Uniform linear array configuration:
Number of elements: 48
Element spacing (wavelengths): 0.5
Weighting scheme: exponential
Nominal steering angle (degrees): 45
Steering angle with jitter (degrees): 45.352
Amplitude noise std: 0.05
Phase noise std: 0.05

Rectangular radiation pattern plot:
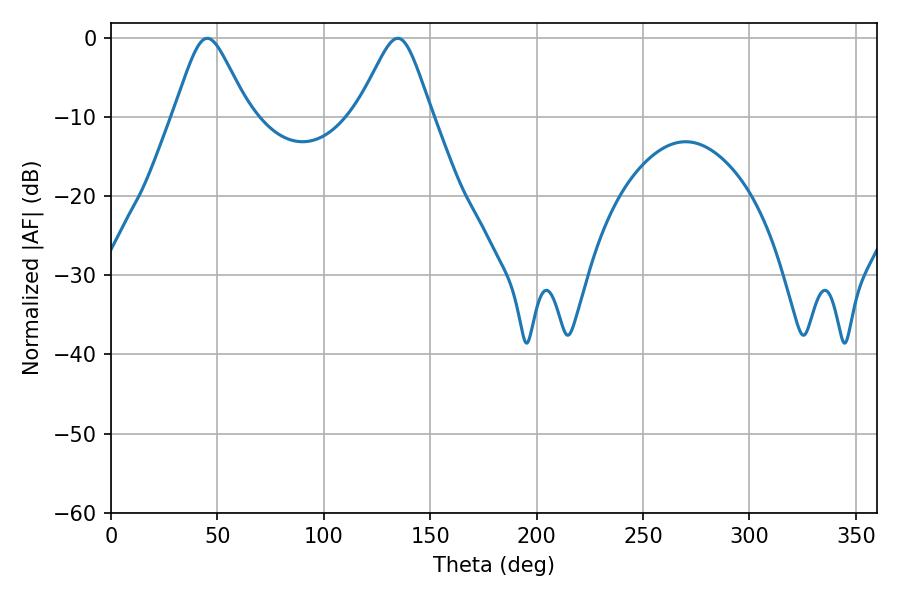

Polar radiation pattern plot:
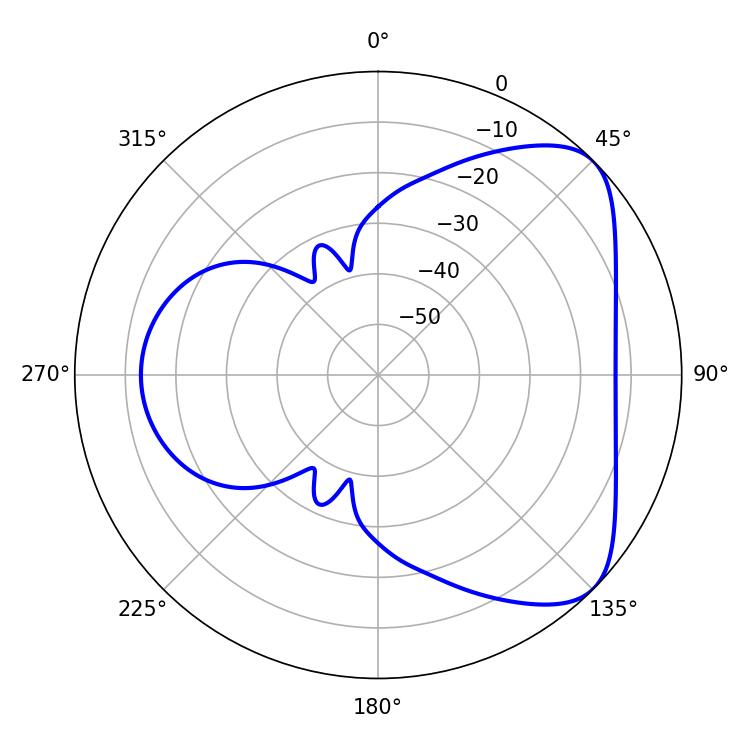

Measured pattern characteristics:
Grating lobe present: FALSE
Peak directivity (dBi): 5.93
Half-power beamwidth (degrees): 16.74
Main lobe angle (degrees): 45.18